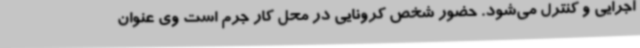
اجرایی و کنترل می‌شود. حضور شخص کرونایی در محل کار جرم است وی عنوان